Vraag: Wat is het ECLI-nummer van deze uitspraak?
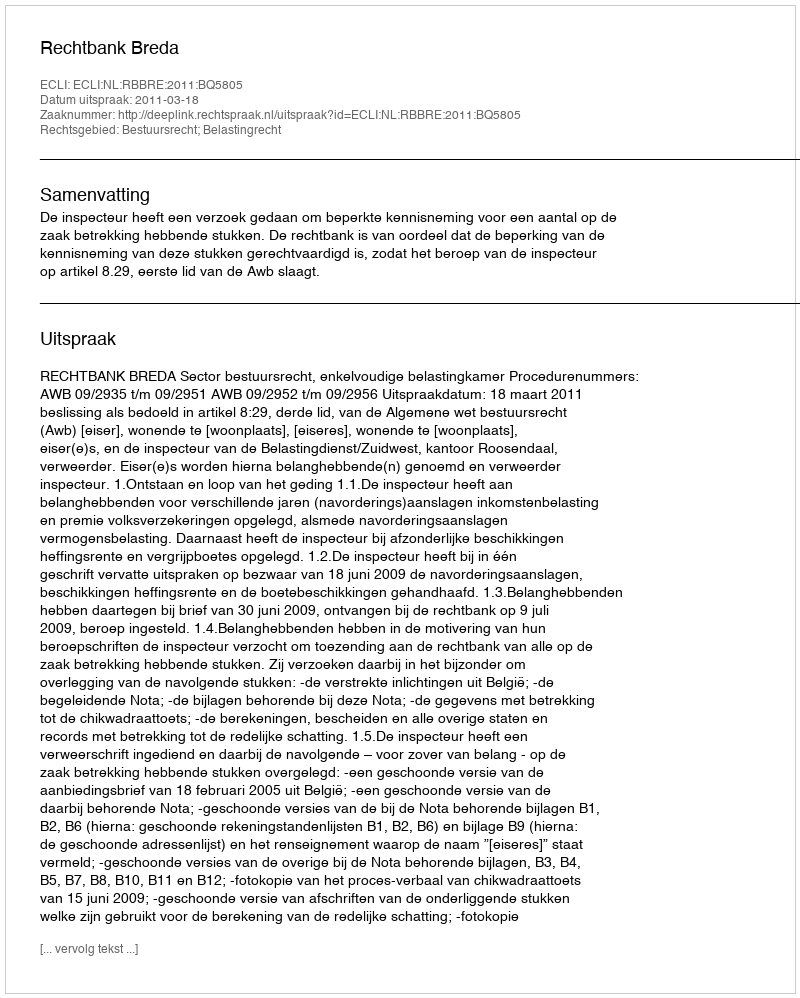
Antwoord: ECLI:NL:RBBRE:2011:BQ5805